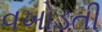
વખોડતી